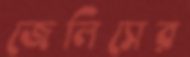
জেলিসের